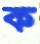
ক